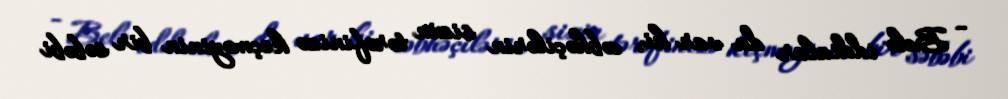
- Belə iddialar da var ki, cəbhəçilərin sizin tərəfinizə keçməyinin bir səbəbi